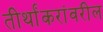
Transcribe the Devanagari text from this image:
तीर्थांकरांवरील